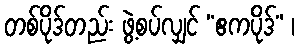
တစ်ပိုဒ်တည်း ဖွဲ့စပ်လျှင် “ဧကပိုဒ်” ၊